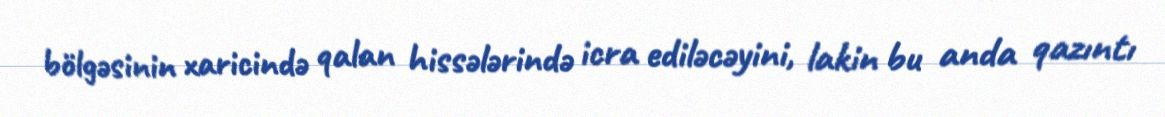
bölgəsinin xaricində qalan hissələrində icra ediləcəyini, lakin bu anda qazıntı